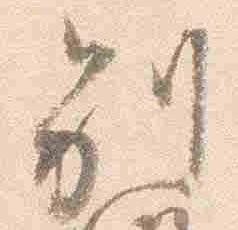
別